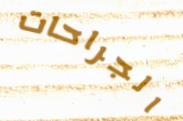
الجراحات